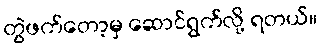
တွဲဖက်တော့မှ ဆောင်ရွက်လို့ ရတယ်။